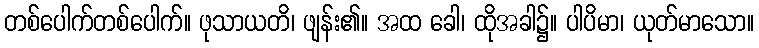
တစ်ပေါက်တစ်ပေါက်။ ဖုသာယတိ၊ ဖျန်း၏။ အထ ခေါ၊ ထိုအခါ၌။ ပါပိမာ၊ ယုတ်မာသော။